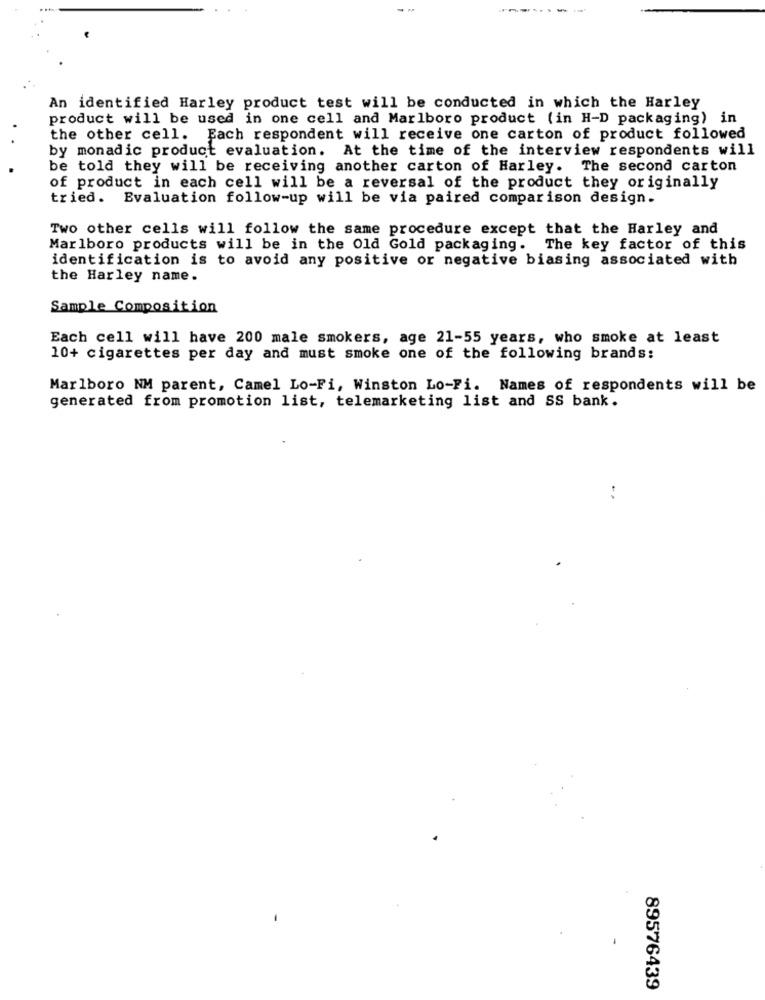
An identified Harley product test will be conducted in which the Harley
product will be used in one cell and Marlboro product (in H-D packaging) in
the other cell. Each respondent will receive one carton of product followed
by monadic product evaluation. At the time of the interview respondents will
be told they will be receiving another carton of Harley. The second carton
of product in each cell will be a reversal of the product they originally
tried. Evaluation follow-up will be via paired comparison design.
Two other cells will follow the same procedure except that the Harley and
Marlboro products will be in the Old Gold packaging. The key factor of this
identification is to avoid any positive or negative biasing associated with
the Harley name.
Sample Composition
Each cell will have 200 male smokers, age 21-55 years, who smoke at least
10+ cigarettes per day and must smoke one of the following brands:
Marlboro NM parent, Camel Lo-Fi, Winston Lo-Fi. Names of respondents will be
generated from promotion list, telemarketing list and SS bank.
89576439